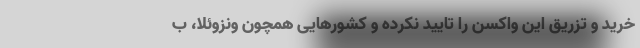
خرید و تزریق این واکسن را تایید نکرده و کشورهایی همچون ونزوئلا، ب